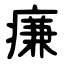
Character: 㾾